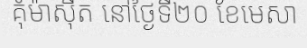
គុំម៉ាស៊ីត នៅថ្ងៃទី២០ ខែមេសា